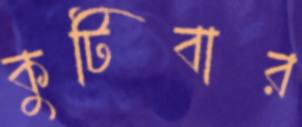
কুটিবার